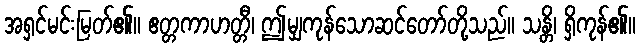
အရှင်မင်းမြတ်၏။ ဧတ္တကာဟတ္တီ၊ ဤမျှကုန်သောဆင်တော်တို့သည်။ သန္တိ၊ ရှိကုန်၏။